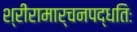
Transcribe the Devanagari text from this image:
श्रीरामार्चनपद्धतिः